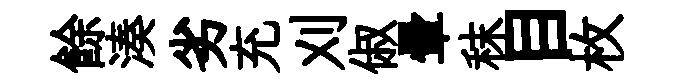
餘湊劣充刈俶暈秣目枚